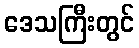
ဒေသကြီးတွင်